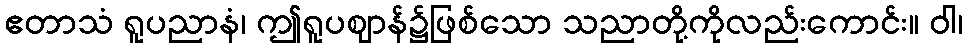
ဧတာသံ ရူပညာနံ၊ ဤရူပဈာန်၌ဖြစ်သော သညာတို့ကိုလည်းကောင်း။ ဝါ၊